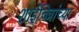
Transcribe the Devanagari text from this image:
शाईचित्रांच्या